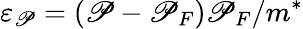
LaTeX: \varepsilon_{\mathscr{P}}=(\mathscr{P}-\mathscr{P}_{F})\mathscr{P}_{F}/m^{*}